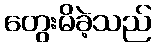
တွေးမိခဲ့သည်